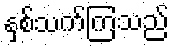
နှစ်သက်ကြသည်